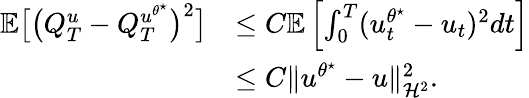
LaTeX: \begin{array}{rl}{\mathbb{E}\big[\big(Q_{T}^{u}-Q_{T}^{u^{\theta^{\star}}}\big)^{2}\big]}&{\leq C\mathbb{E}\left[\int_{0}^{T}(u_{t}^{\theta^{\star}}-u_{t})^{2}dt\right]}\\ &{\leq C\| u^{\theta^{\star}}-u\| _{\mathcal H^{2}}^{2}.}\end{array}